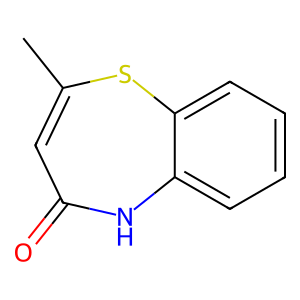
SMILES: CC1=CC(=O)Nc2ccccc2S1
Inhibits HIV replication: No